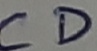
Text: CD